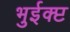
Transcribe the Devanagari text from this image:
भुईक्प्ट